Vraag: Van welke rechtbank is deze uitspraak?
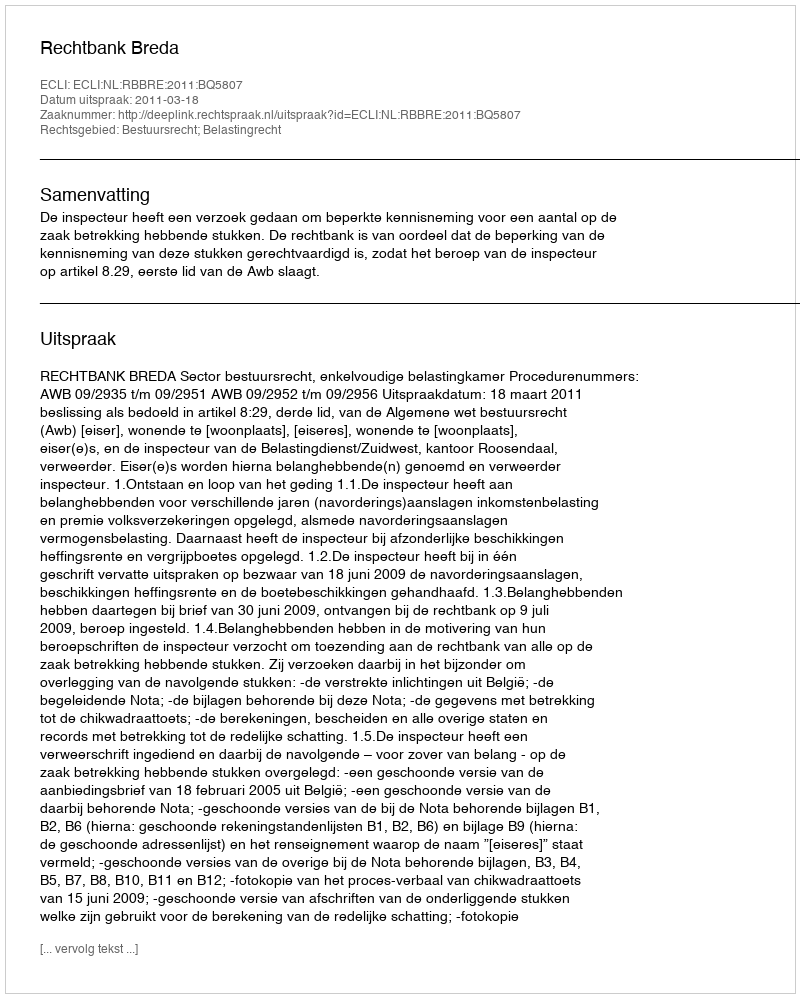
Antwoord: Rechtbank Breda